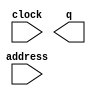
module PRG_ROM (
	address,
	clock,
	q);

	input	[11:0]  address;
	input	  clock;
	output	[15:0]  q;
`ifndef ALTERA_RESERVED_QIS
// synopsys translate_off
`endif
	tri1	  clock;
`ifndef ALTERA_RESERVED_QIS
// synopsys translate_on
`endif

endmodule